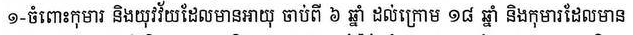
១- ចំពោះកុមារ និងយុវវ័យដែលមានអាយុ ចាប់ពី ៦ឆ្នាំ ដល់ក្រោម ១៨ឆ្នាំ និងកុមារដែលមាន